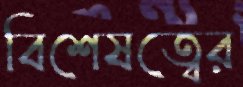
বিশেষত্বের